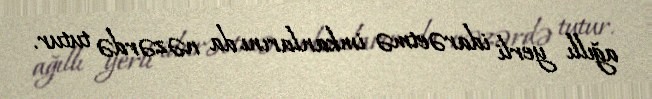
ağıllı yerli idarəetmə imkanlarını da nəzərdə tutur.